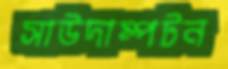
সাউদাম্পটন